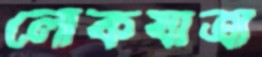
লোকযাত্রা